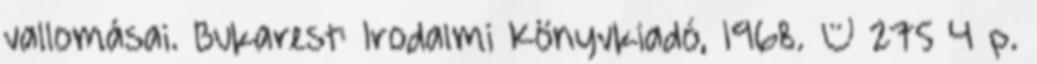
vallomásai. Bukarest: Irodalmi Könyvkiadó, 1968. – 275 4 p.